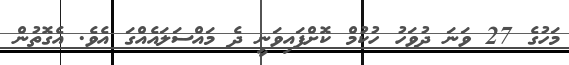
މަހުގެ 27 ވަނަ ދުވަހު ހުކުމް ކޮށްފައިވަނީ ދެ މައްސަލައެއްގަ އެވެ. އެގޮތުން